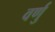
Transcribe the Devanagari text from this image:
वर्णु